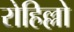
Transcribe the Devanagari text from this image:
रोहिल्लो